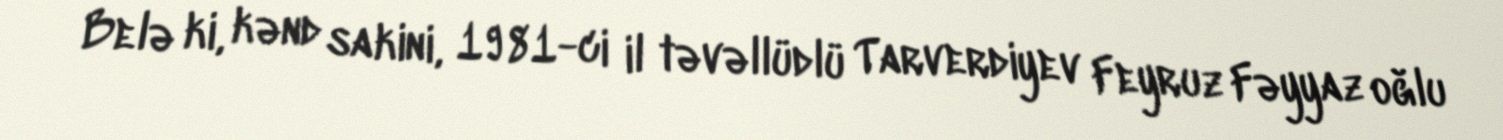
Belə ki, kənd sakini, 1981-ci il təvəllüdlü Tarverdiyev Feyruz Fəyyaz oğlu